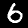
Label: 6